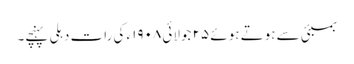
بمبئی سے ہوتے ہوئے ٢۵ جولائی ١٩٠٨ء کی رات دہلی پہنچے۔